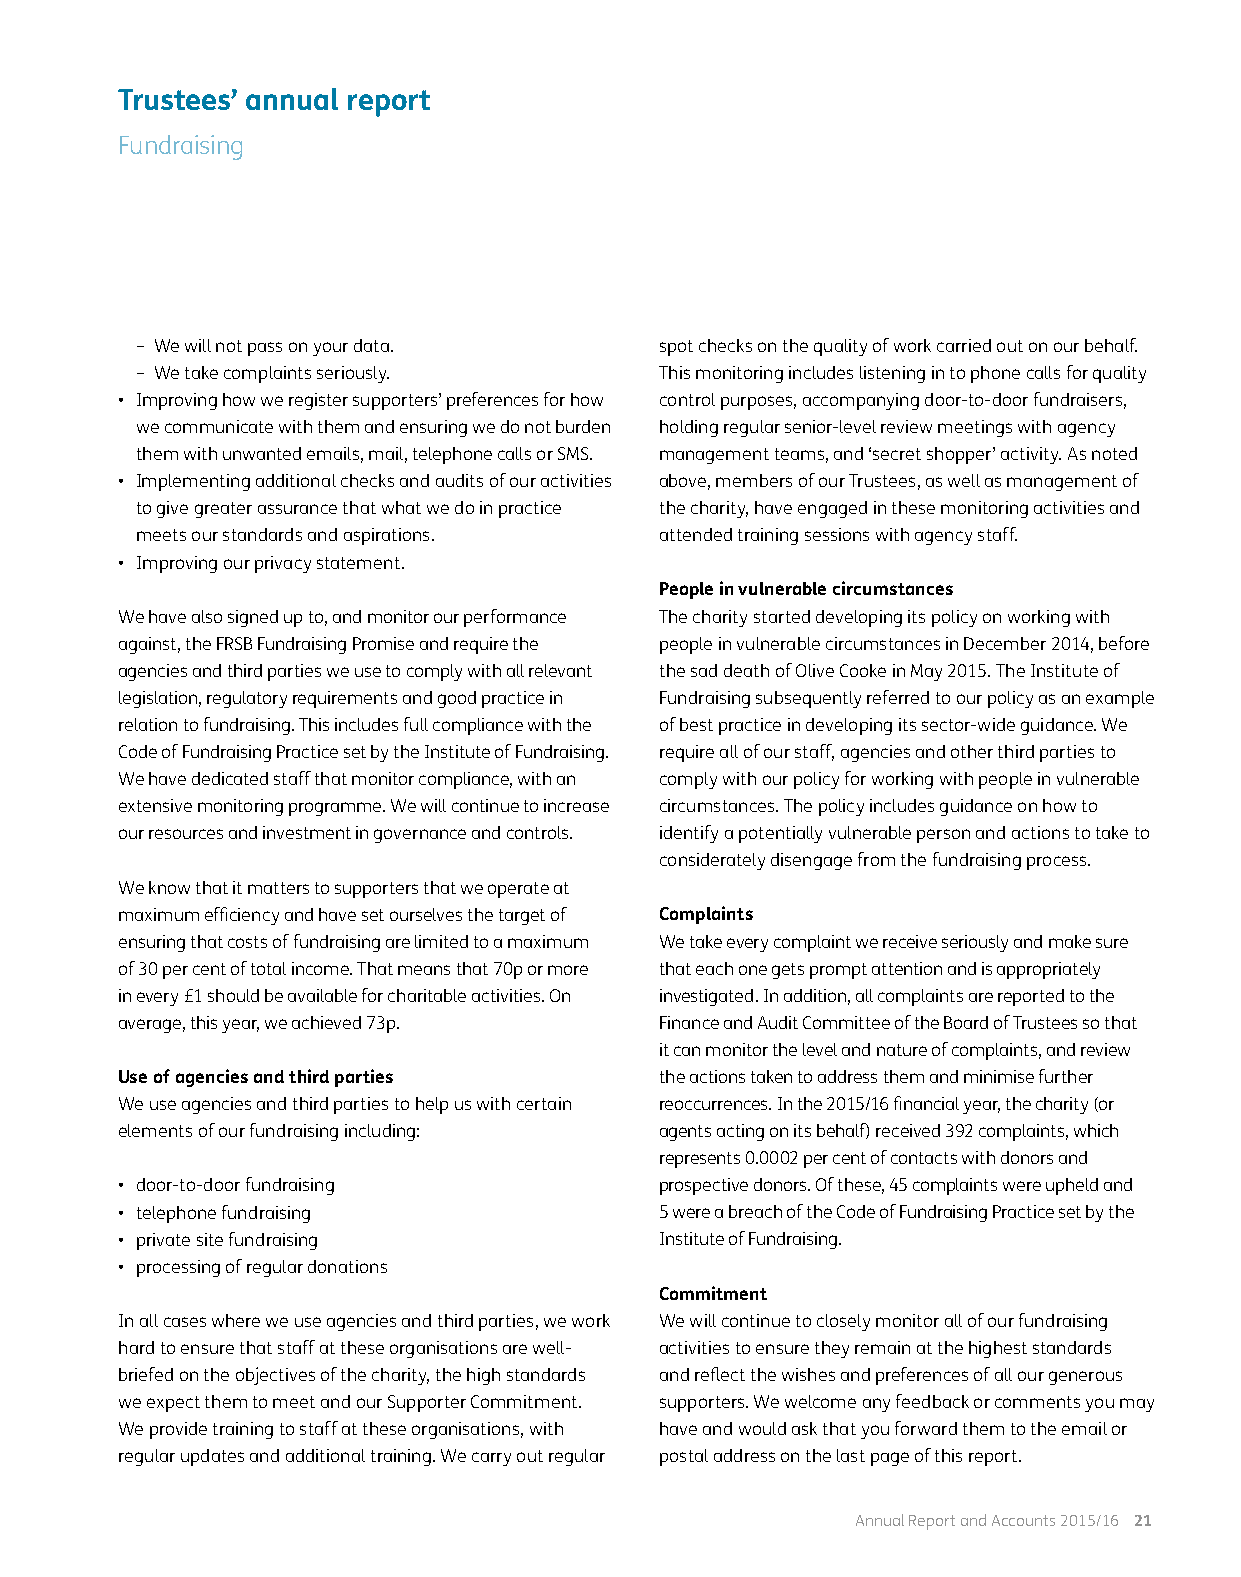
Trustees’ annual report
 Fundraising
 – We will not pass on your data.   spot checks on the quality of work carried out on our behalf.
 – We take complaints seriously.    This monitoring includes listening in to phone calls for quality
 • Improving how we register supporters’ preferences for how control purposes, accompanying door-to-door fundraisers,
 we communicate with them and ensuring we do not burden holding regular senior-level review meetings with agency
 them with unwanted emails, mail, telephone calls or SMS. management teams, and ‘secret shopper’ activity. As noted
 • Implementing additional checks and audits of our activities above, members of our Trustees, as well as management of
 to give greater assurance that what we do in practice the charity, have engaged in these monitoring activities and
 meets our standards and aspirations. attended training sessions with agency staff.
 • Improving our privacy statement.
 People in vulnerable circumstances
 We have also signed up to, and monitor our performance The charity started developing its policy on working with
 against, the FRSB Fundraising Promise and require the people in vulnerable circumstances in December 2014, before
 agencies and third parties we use to comply with all relevant the sad death of Olive Cooke in May 2015. The Institute of
 legislation, regulatory requirements and good practice in Fundraising subsequently referred to our policy as an example
 relation to fundraising. This includes full compliance with the of best practice in developing its sector-wide guidance. We
 Code of Fundraising Practice set by the Institute of Fundraising. require all of our staff, agencies and other third parties to
 We have dedicated staff that monitor compliance, with an comply with our policy for working with people in vulnerable
 extensive monitoring programme. We will continue to increase circumstances. The policy includes guidance on how to
 our resources and investment in governance and controls. identify a potentially vulnerable person and actions to take to
 considerately disengage from the fundraising process.
 We know that it matters to supporters that we operate at
 maximum efficiency and have set ourselves the target of Complaints
 ensuring that costs of fundraising are limited to a maximum We take every complaint we receive seriously and make sure
 of 30 per cent of total income. That means that 70p or more that each one gets prompt attention and is appropriately
 in every £1 should be available for charitable activities. On investigated. In addition, all complaints are reported to the
 average, this year, we achieved 73p. Finance and Audit Committee of the Board of Trustees so that
 it can monitor the level and nature of complaints, and review
 Use of agencies and third parties   the actions taken to address them and minimise further
 We use agencies and third parties to help us with certain reoccurrences. In the 2015/16 financial year, the charity (or
 elements of our fundraising including: agents acting on its behalf) received 392 complaints, which
 represents 0.0002 per cent of contacts with donors and
 • door-to-door fundraising          prospective donors. Of these, 45 complaints were upheld and
 • telephone fundraising             5 were a breach of the Code of Fundraising Practice set by the
 • private site fundraising          Institute of Fundraising.
 • processing of regular donations
 Commitment
 In all cases where we use agencies and third parties, we work We will continue to closely monitor all of our fundraising
 hard to ensure that staff at these organisations are well- activities to ensure they remain at the highest standards
 briefed on the objectives of the charity, the high standards and reflect the wishes and preferences of all our generous
 we expect them to meet and our Supporter Commitment. supporters. We welcome any feedback or comments you may
 We provide training to staff at these organisations, with have and would ask that you forward them to the email or
 regular updates and additional training. We carry out regular postal address on the last page of this report.
 Annual Report and Accounts 2015/16 21